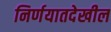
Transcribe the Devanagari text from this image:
निर्णयातदेखील